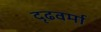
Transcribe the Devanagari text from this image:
दृढवर्मा